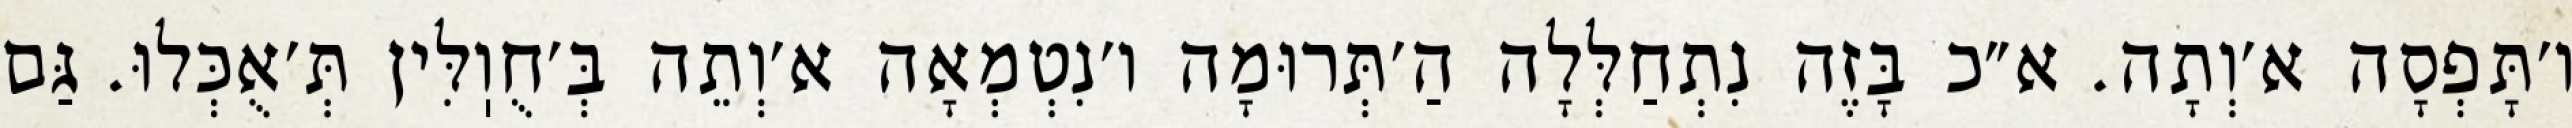
ו׳תָּפְסָה א׳וְתָה. א״כ בָּזֶה נִתְחַלְּלָה הַ׳תְּרוּמָה ו׳נִטְמְאָה א׳וְתֵה בְּ׳חֻוֽלִּין תְּ׳אֻכְּלוּ. גַּם